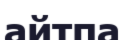
айтпа